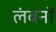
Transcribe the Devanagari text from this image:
लंबनों